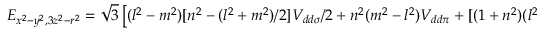
E _ { x ^ { 2 } - y ^ { 2 } , 3 z ^ { 2 } - r ^ { 2 } } = { \sqrt { 3 } } \left[ ( l ^ { 2 } - m ^ { 2 } ) [ n ^ { 2 } - ( l ^ { 2 } + m ^ { 2 } ) / 2 ] V _ { d d \sigma } / 2 + n ^ { 2 } ( m ^ { 2 } - l ^ { 2 } ) V _ { d d \pi } + [ ( 1 + n ^ { 2 } ) ( l ^ { 2 } - m ^ { 2 } ) / 4 ] V _ { d d \delta } \right]